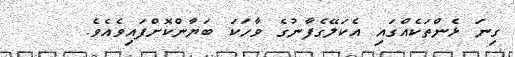
ގިނަ ޅެންތަކެއްގައި އެކަލޭގެފާނުގެ ވާހަކަ ބަޔާންކޮށްފައިވެއެވެ.